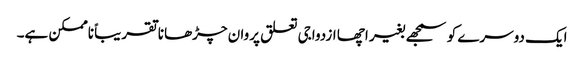
ایک دوسرے کو سمجھے بغیر اچھا ازدواجی تعلق پروان چڑھانا تقریباً ناممکن ہے۔